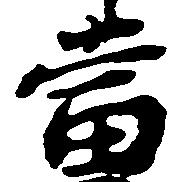
当